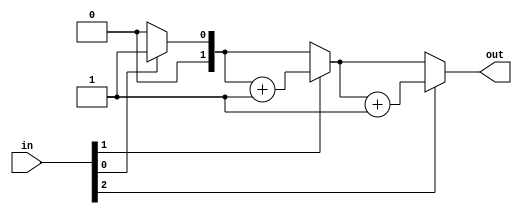
module top_module( 
    input [2:0] in,
    output [1:0] out );
  integer i;
  always @(*) begin
    out = 0;
    for(i = 0; i < 3; i ++) begin
      if(in[i])
        out = out + 1;
    end
  end

endmodule